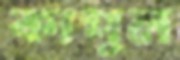
কাপুল